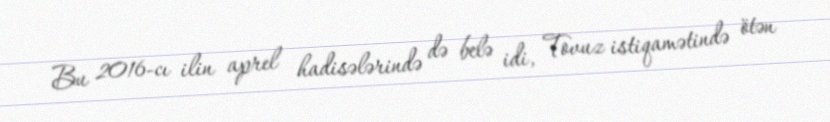
Bu 2016-cı ilin aprel hadisələrində də belə idi, Tovuz istiqamətində ötən